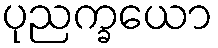
ပုညက္ခယော